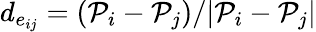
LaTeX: d_{e_{ij}}=(\mathcal{P}_{i}-\mathcal{P}_{j})/|\mathcal{P}_{i}-\mathcal{P}_{j}|